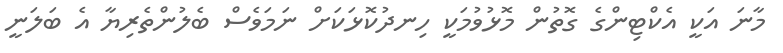
މާނަ އަކީ އެކްޓިންގެ ގޮތުން މޮޅުވުމަކީ ހިނދުކޮޅަކަށް ނަމަވެސް ބެލުންތެރިޔާ އެ ބަލަނީ